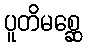
ပူတိမစ္ဆေ